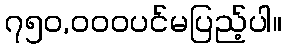
၇၅၀,၀၀၀ပင်မပြည့်ပါ။